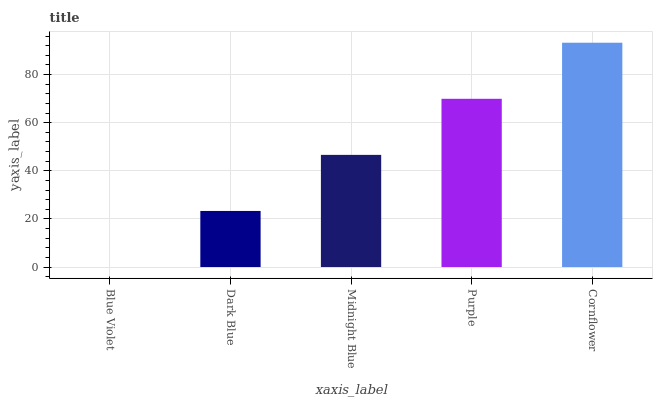
| xaxis_label | bars |
 | --- | --- |
 | Blue Violet | 0 |
 | Dark Blue | 23.3 |
 | Midnight Blue | 46.6 |
 | Purple | 69.9 |
 | Cornflower | 93.2 |